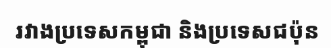
រវាងប្រទេសកម្ពុជា និងប្រទេសជប៉ុន